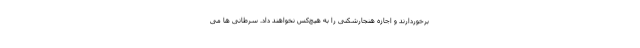
برخوردارند و اجازه هنجارشکنی را به هیچ‌کس نخواهند داد. سرطانی ها می